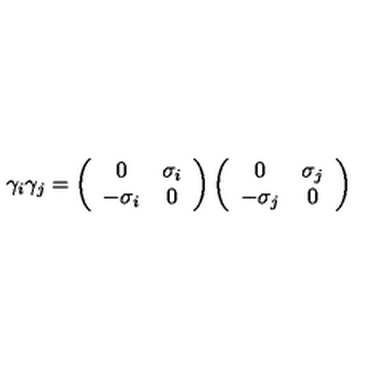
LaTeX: \gamma _ { i } \gamma _ { j } = \left( \begin{array} { c c } { 0 } & { \sigma _ { i } } \\ { - \sigma _ { i } } & { 0 } \\ \end{array} \right) \left( \begin{array} { c c } { 0 } & { \sigma _ { j } } \\ { - \sigma _ { j } } & { 0 } \\ \end{array} \right)